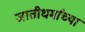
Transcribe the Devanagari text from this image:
जातीधर्मांच्या